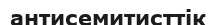
антисемитисттік